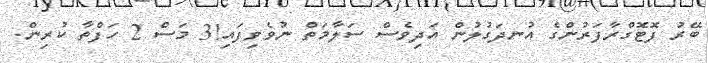
ބޭރު ފޮޓޮގްރާފަރުންގެ އުނދަގުލުން އަދިވެސް ސަލާމަތް ނުވެވިފައި!3 މަސް 2 ހަފްތާ ކުރިން.